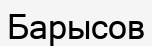
Барысов